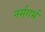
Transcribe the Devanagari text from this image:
नर्मगर्भ